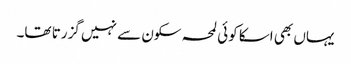
یہاں بھی اسکا کوئی لمحہ سکون سے نہیں گزرتا تھا۔